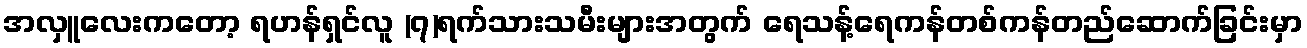
အလှူလေးကတော့ ရဟန်ရှင်လူ (၇)ရက်သားသမီးများအတွက် ရေသန့်ရေကန်တစ်ကန်တည်ဆောက်ခြင်းမှာ